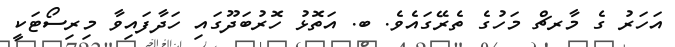
އަހަރު ގެ މާރޗް މަހުގެ ތެރޭގައެވެ. ބ. އަތޮޅު ހޮރުބަދޫގައި ހަދާފައިވާ މިރިސޯޓަކީ